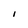
Character: I